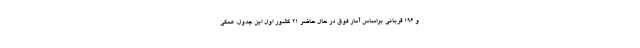
و ۱۹۶ قربانی براساس آمار فوق در حال حاضر ۲۱ کشور اول این جدول، همگی